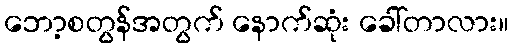
ဘော့စတွန်အတွက် နောက်ဆုံး ခေါ်တာလား။